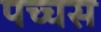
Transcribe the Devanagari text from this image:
पच्चस